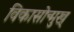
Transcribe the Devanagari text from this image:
विकासोन्मुख्